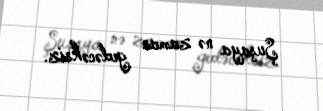
Şuşaya nə zaman gedəcəksiz.